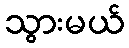
သွားမယ်